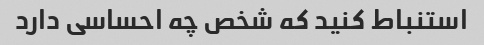
استنباط کنید که شخص چه احساسی دارد